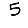
Digit: 5